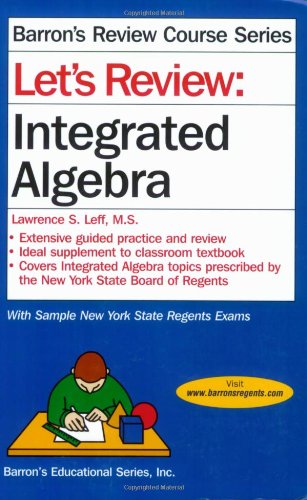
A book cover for Let's Review: Integrated Algebra (Barron's Review Course); Lawrence S. Leff M.S.; Test Preparation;